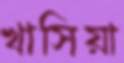
খাসিয়া